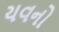
યવનો